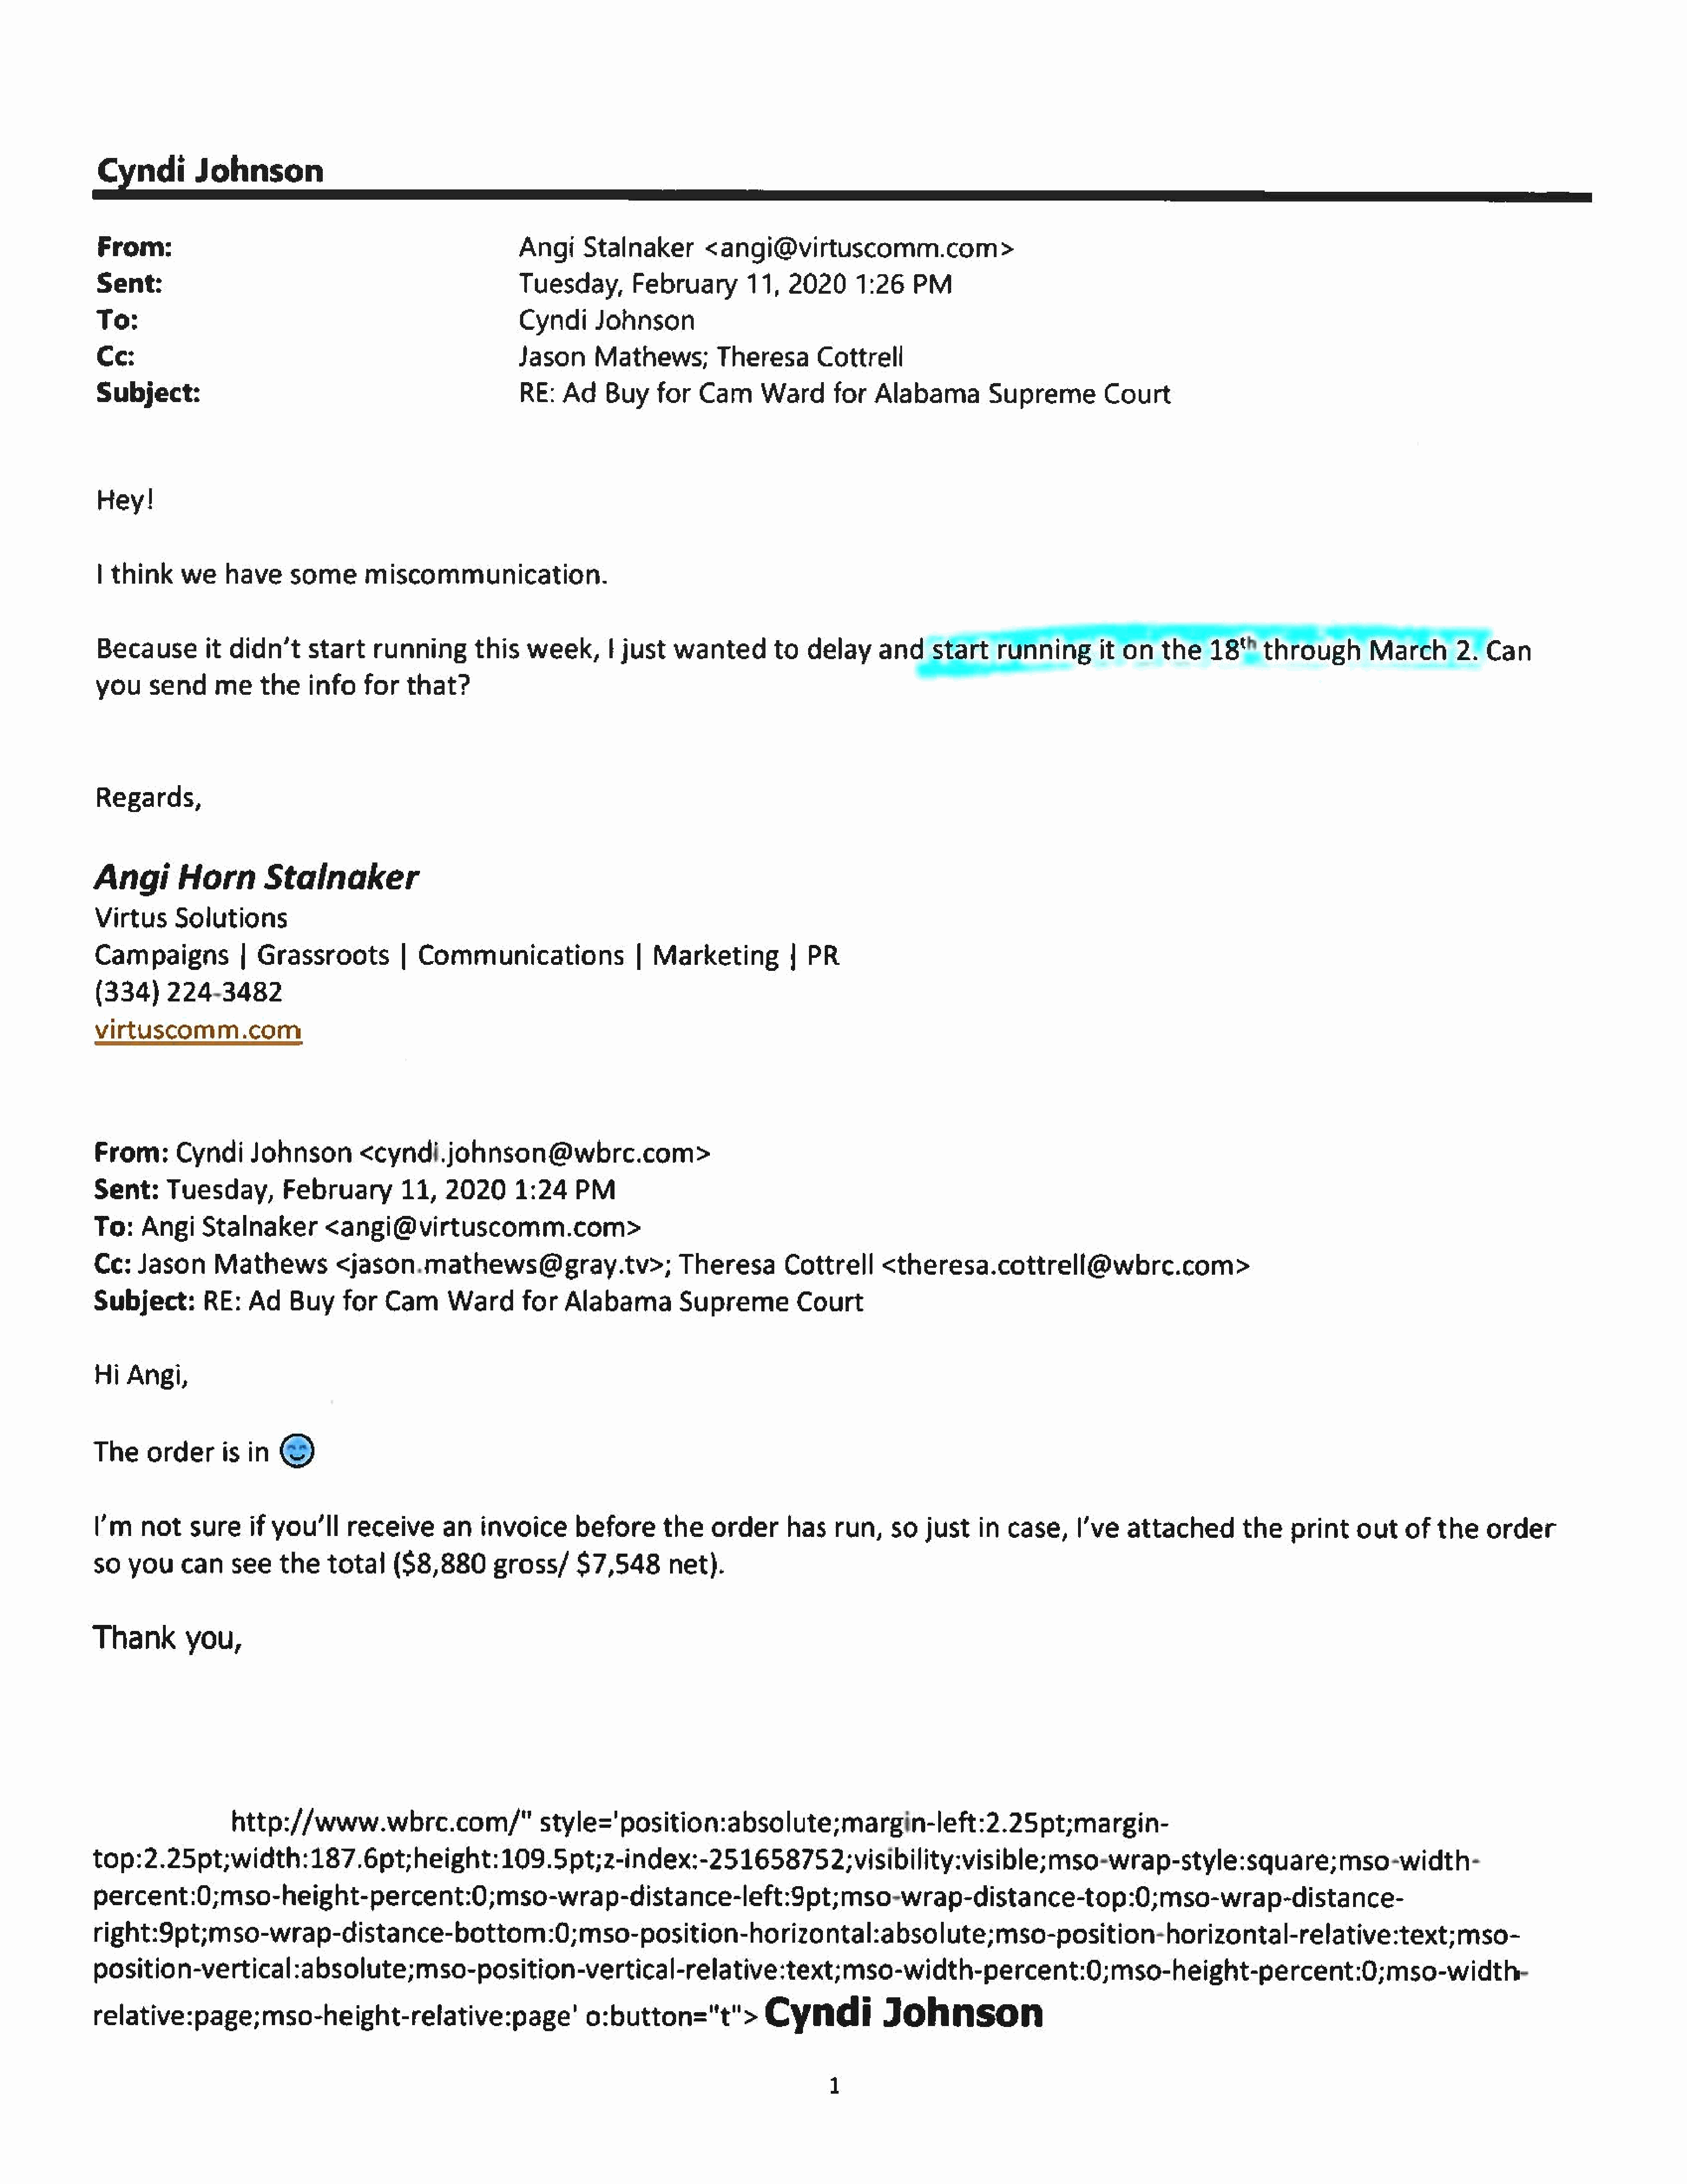
Cyndi         Johnson
 From:                                                       Angi     Stalnaker         <angi@virtuscomm.com>
 Sent:                                                       Tuesday,         February        11,   2020     1:26     PM
 To:                                                         Cyndi      Johnson
 Ce:                                                         Jason      Mathews;         Theresa        Cottrell
 Subject:                                                    RE:   Ad     Buy    for   Cam      Ward      for   Alabama         Supreme          Court
 Hey!
 | think     we    have      some      miscommunication.
 Because         it didn’t     start    running        this   week,       | just   wanted         to  delay      and    start     running       iton     the18"through                 Mareh2.          Can
 you    send      me theinfo           for   that?
 Regards,
 Angi         Horn        Stalnaker
 Virtus     Solutions
 Campaigns           |  Grassroots          |  Communications                 | Marketing           |  PR
 (334)     224-3482
 virtuscomm.com
 From:      Cyndi      Johnson        <cyndi.johnson@wbrc.com>
 Sent:      Tuesday,         February        11,    2020      1:24    PM
 To:    Angi     Stalnaker         <angi@virtuscomm.com>
 Cc:    Jason      Mathews<jason.mathews@gray.tv>;                                   Theresa        Cottrell      <theresa.cottrell@wbrce.com>
 Subject:        RE:    Ad    Buy    for   Cam      Ward       for   Alabama         Supreme          Court
 Hi  Angi,
 The     order    is    in  @
 \'m   not    sureif      you'll     receive      an    invoice      before       the    order      has   run,    so   just    in  case,I’ve        attached         the print       out    of  the     order
 so   you     can see       the total       ($8,880        gross/     $7,548        net).
 Thank         you,
 http://www.wbre.com/"                       style='position:absolute;margin-left:2.25pt;margin-
 top:2.25pt;width:187.6pt;height:109.5pt;2-index:-251658752;visibility:visible;                                                           mso-wrap-style:square;mso-width-
 percent:0;mso-height-percent:0;mso-wrap-distance-left:9pt;mso-wrap-distance-top:0;mso-wrap-distance-
 right:9pt;mso-wrap-distance-bottom:0;mso-position-horizontal:absolute;mso-position-horizontal-relative:text;mso-
 position-vertical:absolute;mso-position-vertical-relative:text;mso-width-percent:0;mso-height-percent:0;mso-width-
 relative:page;mso-height-relative:page’                                o:button="t">            Cyndi            Johnson
 1